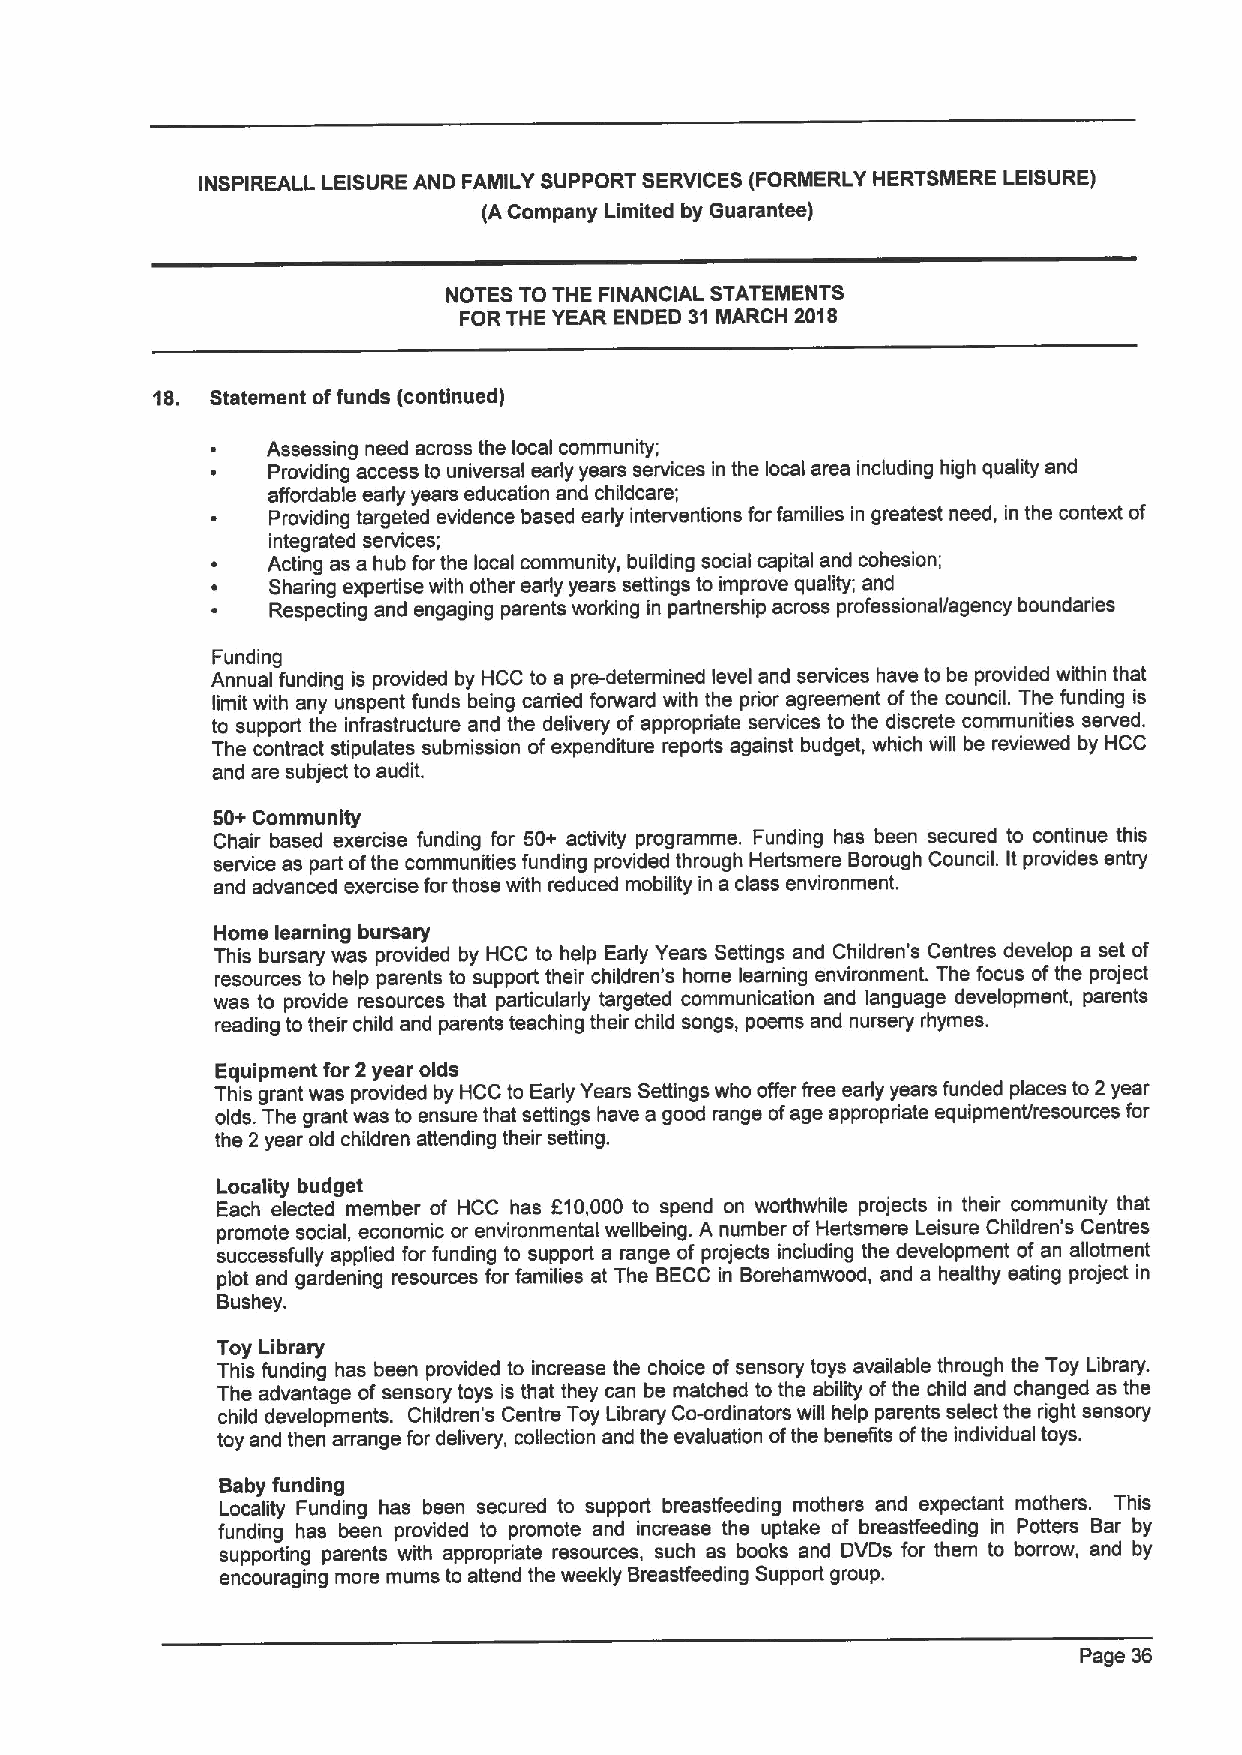
INSPIREALL LEISURE AND FAMILY SUPPORT SERVICES (FORMERLY HERTSMERE LEISURE)
 (ACompany Limited by Guarantee)
 NOTES TO THE FINANCIAL STATEMENTS
 FORTHE YEAR ENDED 31 MARCH 2018
 18. Statement offunds (continued)
 Assessing need across the local community;
 Providing access to universal early years services in the local area including high quality and
 affordable early years education and childcare;
 Providing targeted evidence based early interventions forfamilies in greatest need, in the context of
 integrated services;
 Acting as a hub forthe local community, building social capital and cohesion;
 Sharing expertise with other early years settings to improve quality; and
 Respecting and engaging parents working in partnership across professional/agency boundaries
 Funding
 Annual funding is provided by HCC to a pre-determined level and services have to be provided within that
 limit with any unspent funds being cerned forward with the prior agreement ofthe council. The funding is
 to support the infrastructure and the delivery of appropriate services to the discrete communities served.
 The contract stipulates submission ofexpenditure reports against budget, which will be reviewed by HCC
 and are subject to audit.
 50+Community
 Chair based exercise funding for 50+ activity programme. Funding has been secured to continue this
 service as part ofthe communities funding provided through Hertsmere Borough Council. Itprovides entry
 and advanced exercise forthose with reduced mobility in a class environment.
 Home learning bursary
 This bursary was provided by HCC to help Early Years Settings and Children's Centres develop a set of
 resources to help parents to support their children's home learning environment. The focus ofthe project
 was to provide resources that particularly targeted communication and language development, parents
 reading to their child and parents teaching their child songs, poems and nursery rhymes.
 Equipment for 2year olds
 This grant was provided by HCC to Early Years Settings who offer free early years funded places to 2 year
 olds. The grant was to ensure that settings have a good range ofage appropriate equipment/resources for
 the 2year old children attending their setting.
 Locality budget
 Each elected member of HCC has F10,000 to spend on worthwhile projects in their community that
 promote social, economic or environmental wellbeing. A number ofHertsmere Leisure Children's Centres
 successfully applied for funding to support a range of projects including the development of an allotment
 plot and gardening resources for families at The BECC in Borehamwood, and a healthy eating project in
 Bushey.
 Toy Library
 This funding has been provided to increase the choice of sensory toys available through the Toy Library.
 The advantage of sensory toys is that they can be matched to the ability ofthe child and changed as the
 child developments. Children's Centre Toy Library Co-ordinators will help parents select the right sensory
 toy and then arrange for delivery, collection and the evaluation ofthe benefits ofthe individual toys.
 Baby funding
 Locality Funding has been secured to support breastfeeding mothers and expectant mothers. This
 funding has been provided to promote and increase the uptake of breasffeeding in Potters Bar by
 supporting parents with appropriate resources, such as books and DVDs for them to borrow, and by
 encouraging more mums to attend the weekly Breasffeeding Support group.
 Page 36